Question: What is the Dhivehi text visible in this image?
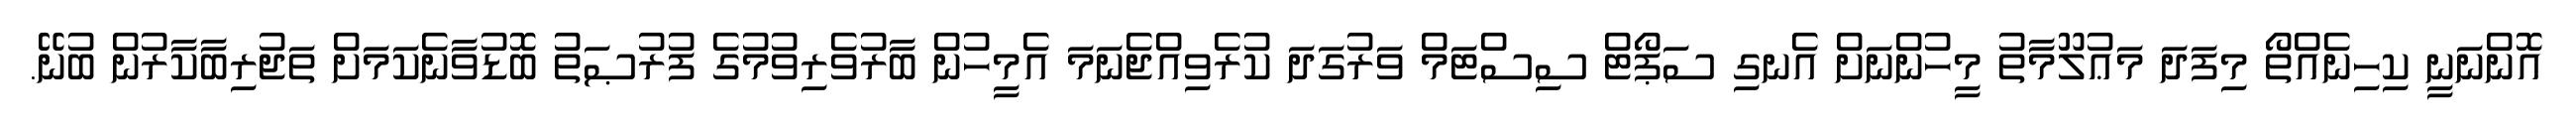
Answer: އޮންނަނީ ކިހިނެއްތޯ މިފަދަ މަޢުލޫމާތު މީހުންނަށް އެނގި ސަޕޯޓް ސިސްޓަމް ވަރުގަދަ ކުރެވިއްޖެނަމަ އެމީހުން ބާރުވެރިވުމުގެ ފުރުޞަތު ބޮޑުވާނެކަމަށް ތަޖުރިބާކާރުން ބުނޭ.